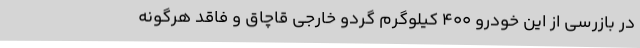
در بازرسی از این خودرو 400 کیلوگرم گردو خارجی قاچاق و فاقد هرگونه